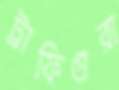
ট্রাফিগুরা